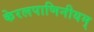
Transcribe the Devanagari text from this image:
केरलपाणिनीयम्